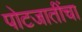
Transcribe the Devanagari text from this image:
पोटजातींचा